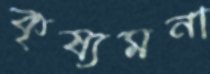
কৃষ্যমনা